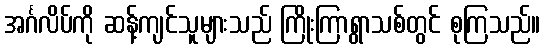
အင်္ဂလိပ်ကို ဆန့်ကျင်သူများသည် ကြိုးကြာရွာသစ်တွင် စုကြသည်။